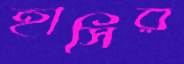
হাসির